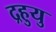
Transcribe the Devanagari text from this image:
द्रहुयु